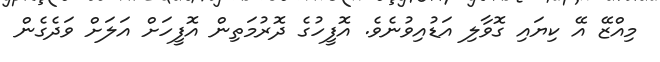
މިއްޒޭ އޭ ކިޔައި ގޮވާލި އަޑުއިވުނެވެ. އޮފީހުގެ ދޮރުމަތިން އޮފީހަށް އަލަށް ވަދެގެން